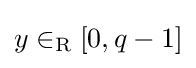
y\in _{\text{R}}[0,q-1]